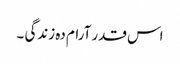
اس قدر آرام دہ زندگی ۔